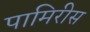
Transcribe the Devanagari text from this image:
पामिरीस